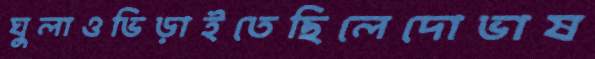
ঘুলাওভিড়াইতেছিলেদোভাষ